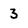
Character: 3